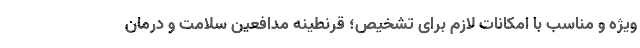
ویژه و مناسب با امکانات لازم برای تشخیص؛ قرنطینه مدافعین سلامت و درمان